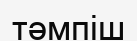
тәмпіш